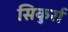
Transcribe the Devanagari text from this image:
सिकुर्रा